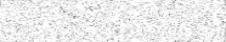
١١٢